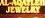
jewelry